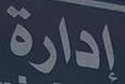
إدارة